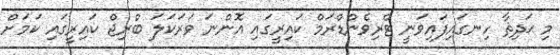
މި ޙަދިޘާ ހިނގައިފައިވަނީ ޓްރިވެންޑްރަމް ކައިރީގައި އޮންނަ ވަރަކަލަ ބްރިޖް ކައިރީގައި ކަމަށް